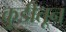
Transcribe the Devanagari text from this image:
कुडीतून